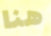
هنا